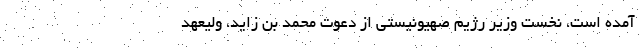
آمده است، نخست‌ وزیر رژیم صهیونیستی از دعوت ‌محمد بن زاید، ولیعهد